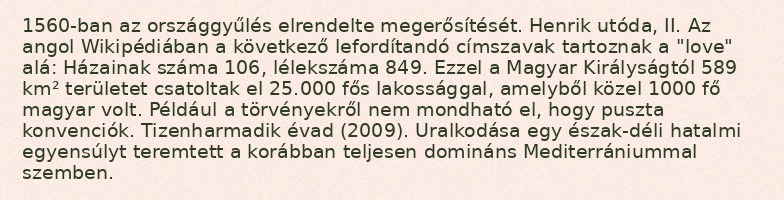
1560-ban az országgyűlés elrendelte megerősítését. Henrik utóda, II. Az angol Wikipédiában a következő lefordítandó címszavak tartoznak a "love" alá: Házainak száma 106, lélekszáma 849. Ezzel a Magyar Királyságtól 589 km² területet csatoltak el 25.000 fős lakossággal, amelyből közel 1000 fő magyar volt. Például a törvényekről nem mondható el, hogy puszta konvenciók. Tizenharmadik évad (2009). Uralkodása egy észak-déli hatalmi egyensúlyt teremtett a korábban teljesen domináns Mediterrániummal szemben.